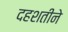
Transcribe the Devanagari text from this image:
दहशतीने